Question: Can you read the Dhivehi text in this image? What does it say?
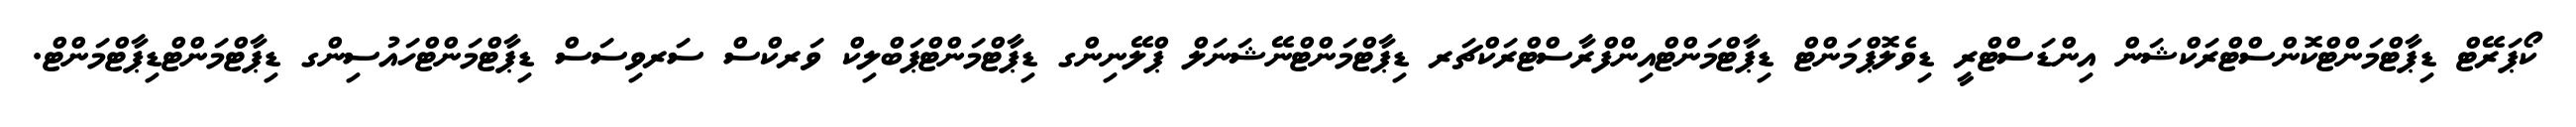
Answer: ކޯޕަރޭޓް ޑިޕާޓްމަންޓްކޮންސްޓްރަކްޝަން އިންޑަސްޓްރީ ޑިވެލޮޕްމަންޓް ޑިޕާޓްމަންޓްއިންފްރާސްޓްރަކްޗަރ ޑިޕާޓްމަންޓްނޭޝަނަލް ޕްލޭނިންގ ޑިޕާޓްމަންޓްޕަބްލިކް ވަރކްސް ސަރވިސަސް ޑިޕާޓްމަންޓްހައުސިންގ ޑިޕާޓްމަންޓްޑިޕާޓްމަންޓް.